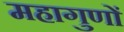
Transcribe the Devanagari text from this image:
महागुणों